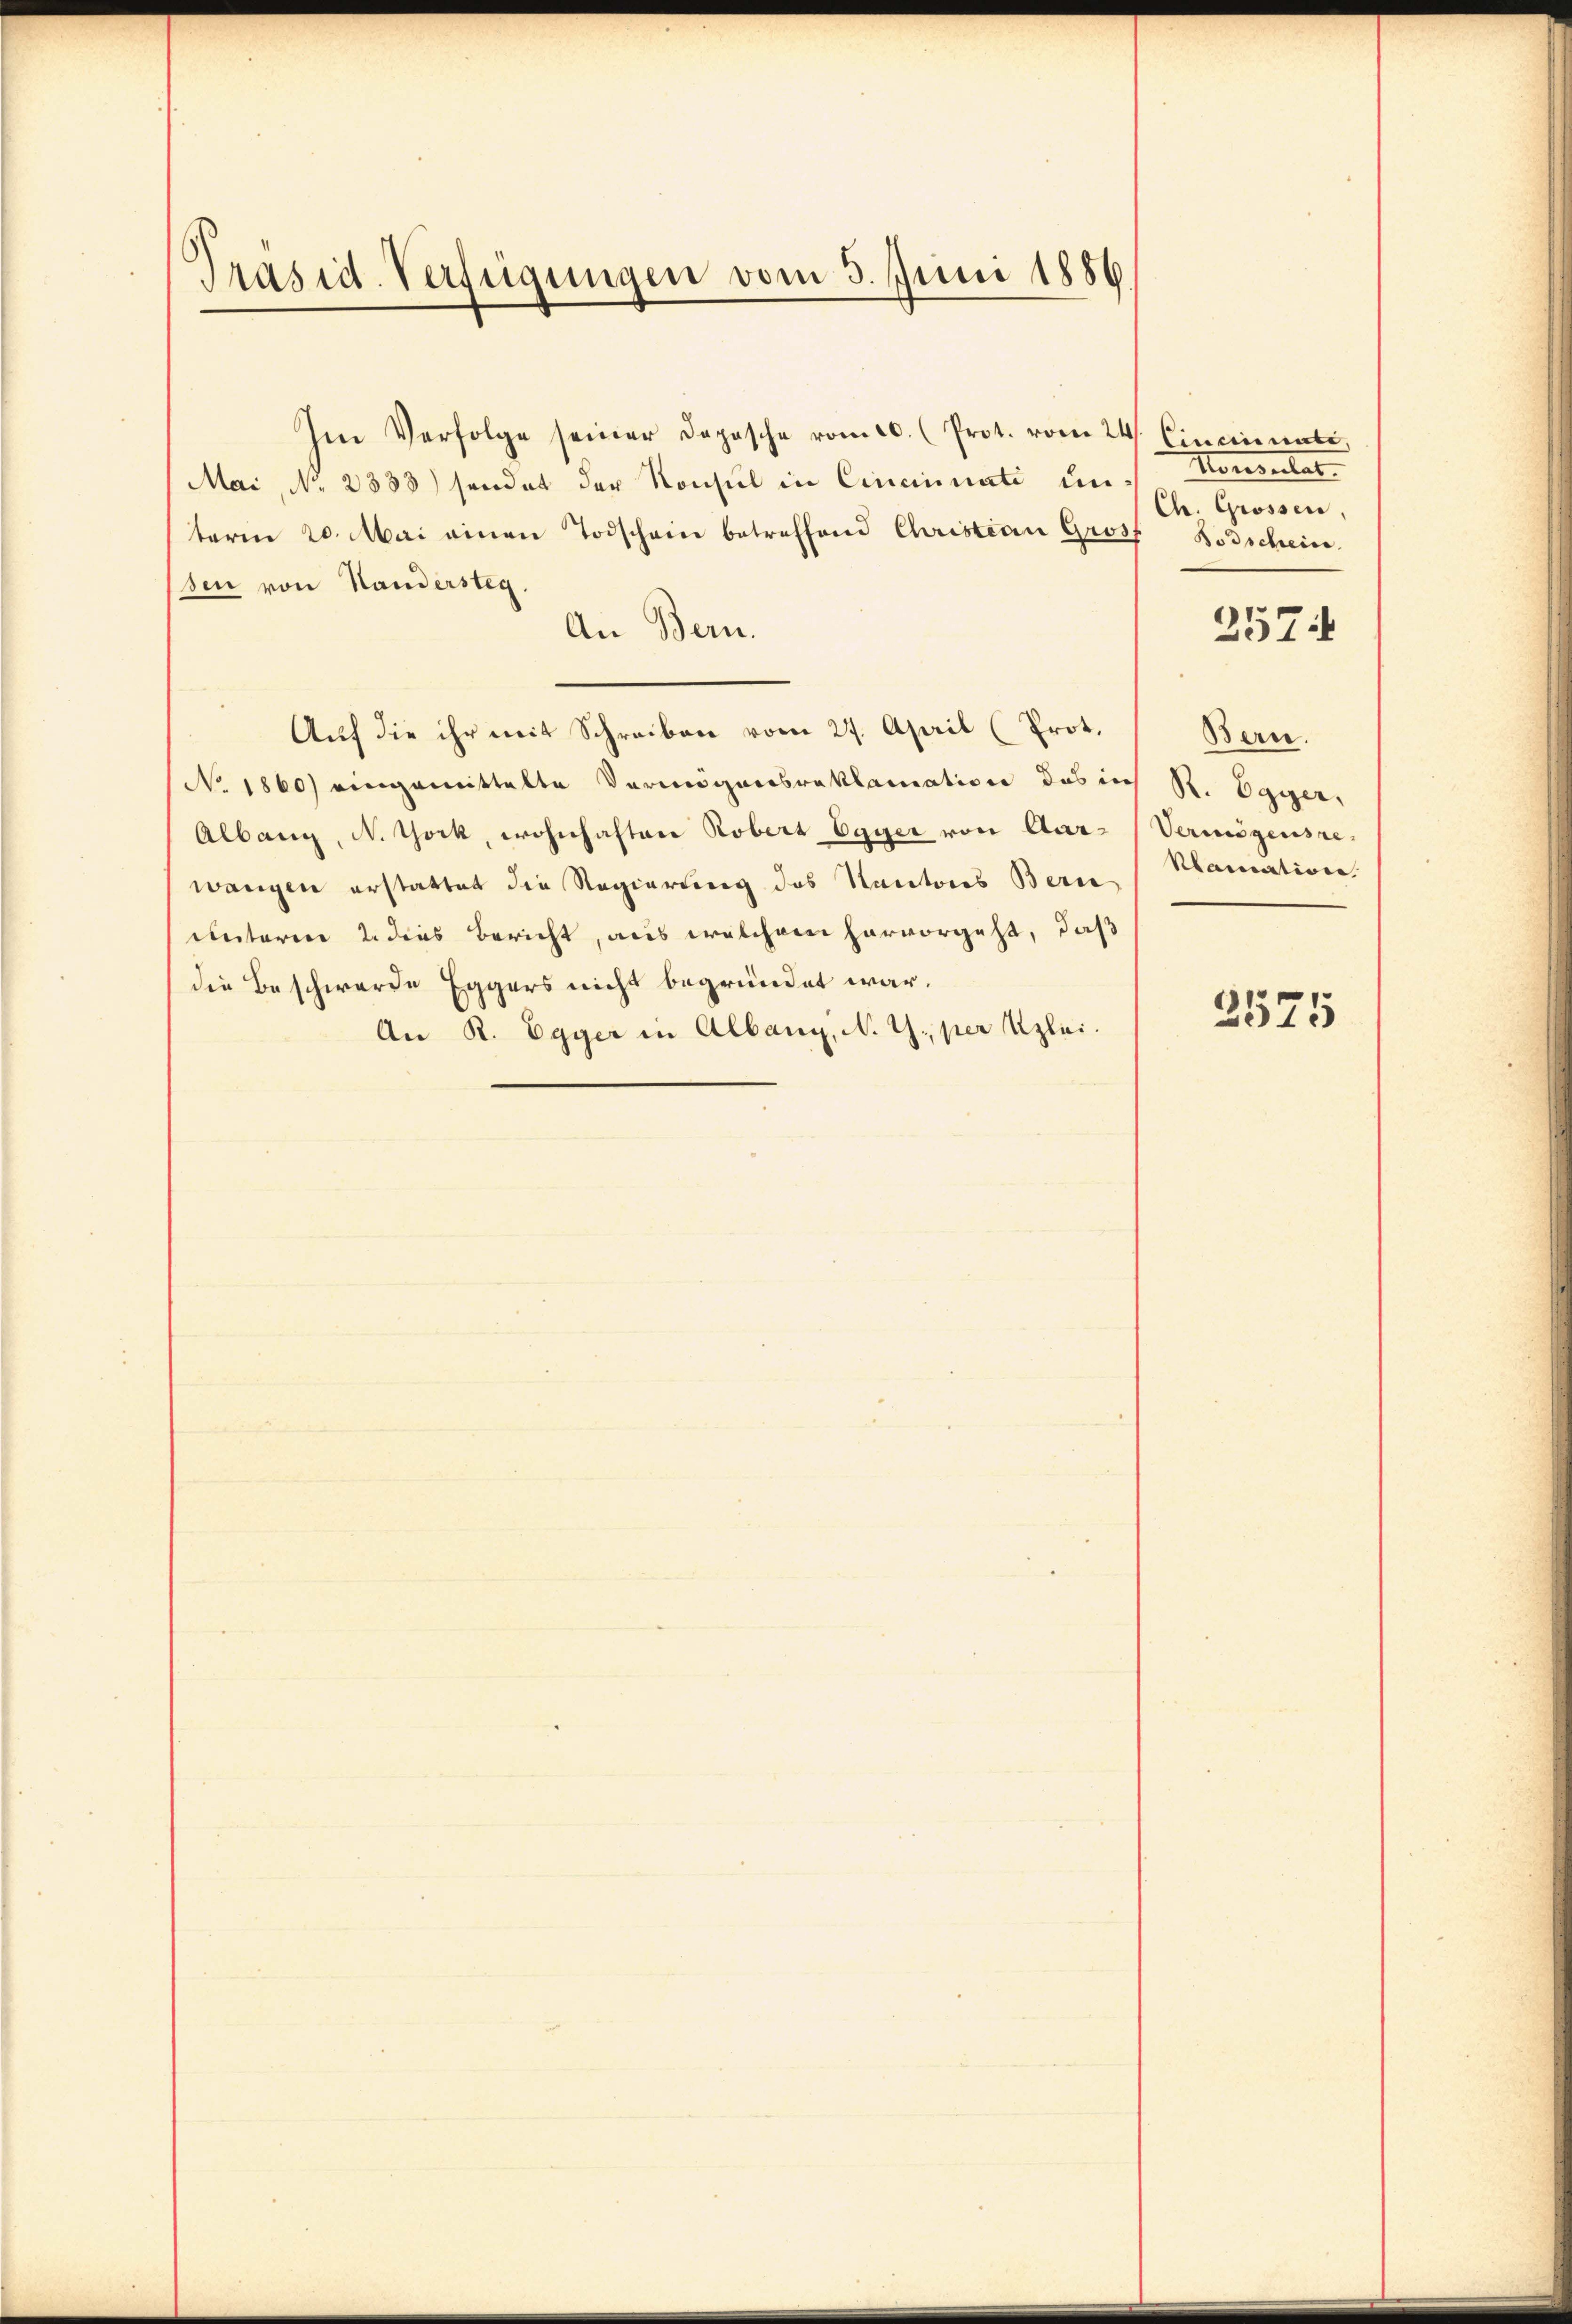
Präsid. Verfügungen vom 3. Juni 1886.

Im Verfolge seiner Depesche vom 20. (Prot. vom 24. Cincinati
Mai, No 2333) sendet der Konsul in Cincinati unterm 20. Mai einen Todschein betreffend Christian Gross
sen von Handersteg.
An Bern.
Auf die ihr mit Schreiben vom 27. April (Prot.
No. 1860) eingemittelte Vermögensreklamation das in
Albang, N. York, wohnhaften Robert Egger von Aar-
wangen erstattet die Regierung des Kantons Bern
unterm 2. dies Bericht, aus welchem hervorgeht, daß
die Beschwerde Eggers nicht begründet war.
An R. Egger in Albang, N. Z., per Uzlai.

Monsulat
Ch. Grossen
Bodschein
2574

Bern.
R. Egger,
Vermögensre
Blamation

2575